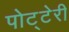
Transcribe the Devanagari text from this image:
पोट्टेरी